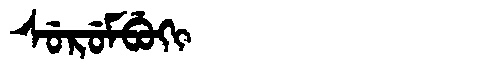
Manchu: ᠰᡠᡵᡠᠮᠪᡠᡴᡳ
Romanization: SURUMBUKI